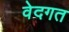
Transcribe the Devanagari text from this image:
वेदगत